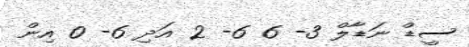
ސީޑް ނަޑާލް 3- 6 6- 2 އަދި 6- 0 އިން